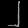
Digit: ၂